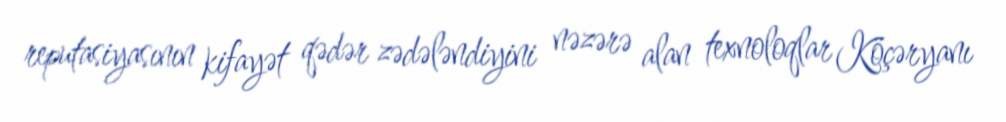
reputasiyasının kifayət qədər zədələndiyini nəzərə alan texnoloqlar Köçəryanı